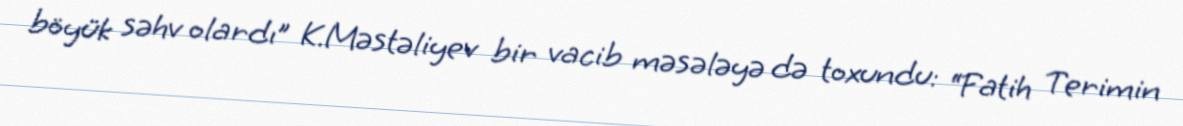
böyük səhv olardı” K.Məstəliyev bir vacib məsələyə də toxundu: “Fatih Terimin